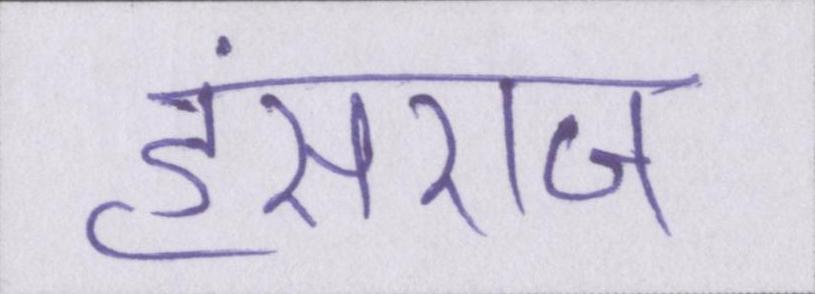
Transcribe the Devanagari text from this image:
हंसराज